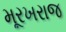
મૂરખરાજ